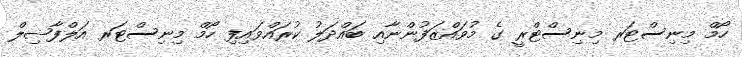
ހޯމް މިނިސްޓަރ މިނިސްޓްރީ ގެ މުވައްޒަފުންނާއި ބައްދަލު ކުރައްވައިފި ހޯމް މިނިސްޓަރ އަލްފާޟިލް